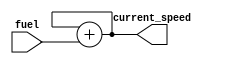
module vehicle(
    input [3:0] fuel,
    output [7:0] current_speed
    );
	
	reg current_speed;
	always @(fuel) begin
		#150 current_speed = current_speed + fuel;
	end

endmodule